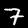
Digit: 7